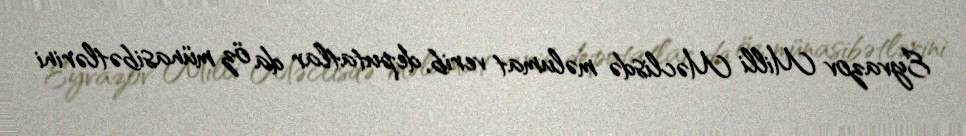
Eyvazov Milli Məclisdə məlumat verib, deputatlar da öz münasibətlərini